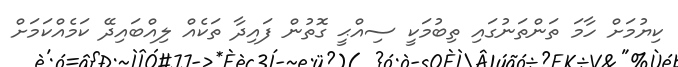
ކިޔުމަށް ހާމަ ތަންތަނުގައި ތިބުމަކީ ސިއްޙީ ގޮތުން ފައިދާ ތަކެއް ލިއްބައިދޭ ކަމެއްކަމަށް